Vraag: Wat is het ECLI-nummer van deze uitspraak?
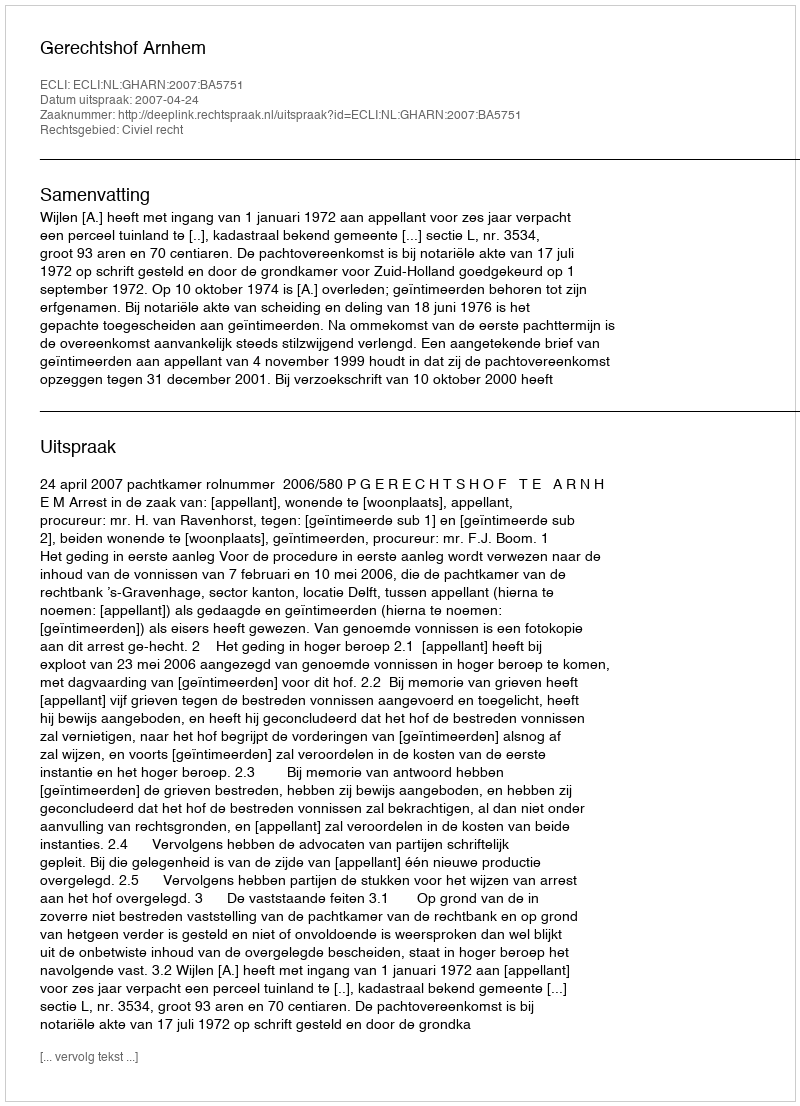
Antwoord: ECLI:NL:GHARN:2007:BA5751